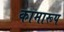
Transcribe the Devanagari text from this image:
कामारूप